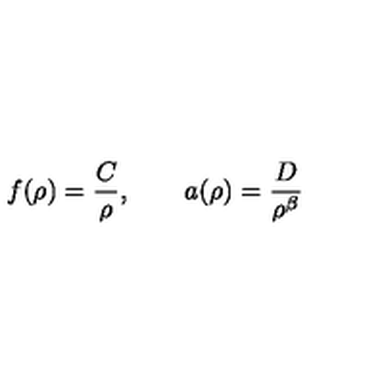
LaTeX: f ( \rho ) = \frac { C } { \rho } , \qquad a ( \rho ) = \frac { D } { \rho ^ { \beta } }